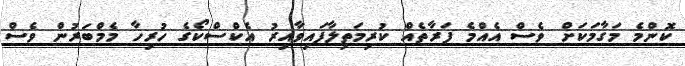
ކޮންމެ މަގާމަކަށް ވެސް އެއްމެ ފަރާތެއް ކުރިމަތިލާފައިވާއިރު އެކްސްކޯގެ ހުރިހާ މެމްބަރުން ވެސް